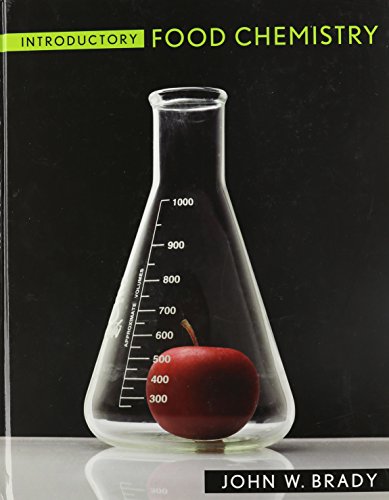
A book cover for Introductory Food Chemistry; John W. Brady; Science & Math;